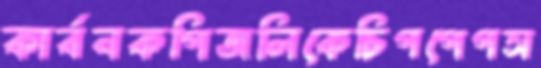
কার্বনকপিজলিকেচিপপেপস